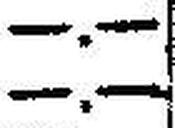
—.—